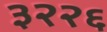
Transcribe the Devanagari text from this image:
३२२६